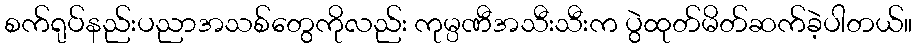
စက်ရုပ်နည်းပညာအသစ်တွေကိုလည်း ကုမ္ပဏီအသီးသီးက ပွဲထုတ်မိတ်ဆက်ခဲ့ပါတယ်။